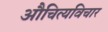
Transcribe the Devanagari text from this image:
औचित्यविचार